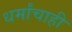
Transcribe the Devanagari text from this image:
धर्मांचाही